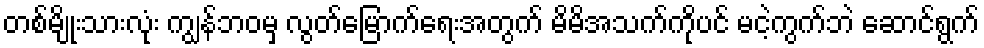
တစ်မျိုးသားလုံး ကျွန်ဘဝမှ လွတ်မြောက်ရေးအတွက် မိမိအသက်ကိုပင် မငဲ့ကွက်ဘဲ ဆောင်ရွက်